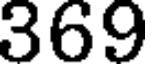
369